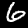
Label: 6